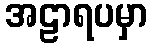
အဠာရပမှာ